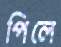
পিলে